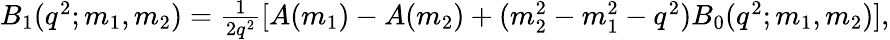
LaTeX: \begin{array}{r}{B_{1}(q^{2};m_{1},m_{2})=\frac{1}{2q^{2}}[A(m_{1})-A(m_{2})+(m_{2}^{2}-m_{1}^{2}-q^{2})B_{0}(q^{2};m_{1},m_{2})],}\end{array}